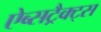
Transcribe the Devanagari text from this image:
ऐब्सट्रैक्ट्स